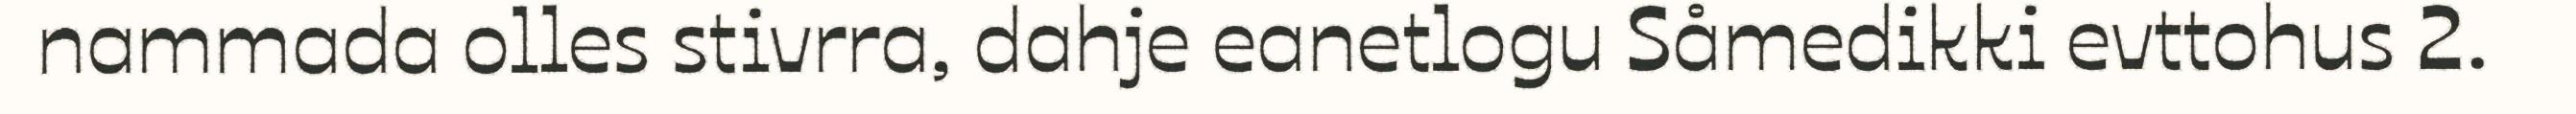
nammada olles stivrra, dahje eanetlogu Såmedikki evttohus 2.